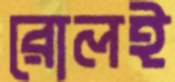
রোলই